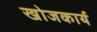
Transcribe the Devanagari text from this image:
खोजकार्य